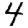
Digit: 4